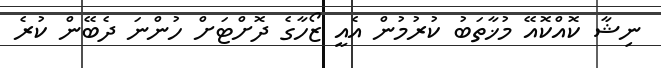
ނިޝާ ކޮއްކޮއޭ މުޚާތަބު ކުރުމުން އެއީ ޒޯހާގެ ދޮށްޓަށް ހުންނަ ދެބޭން ކުރެ